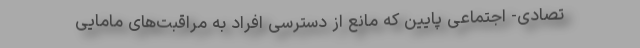
تصادی- اجتماعی پایین که مانع از دسترسی افراد به مراقبت‌های مامایی